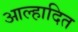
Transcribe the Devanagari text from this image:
आल्हादित